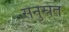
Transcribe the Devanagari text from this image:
सेनुस्रत